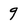
Character: 9